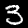
Label: 3